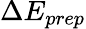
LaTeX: \Delta E_{prep}